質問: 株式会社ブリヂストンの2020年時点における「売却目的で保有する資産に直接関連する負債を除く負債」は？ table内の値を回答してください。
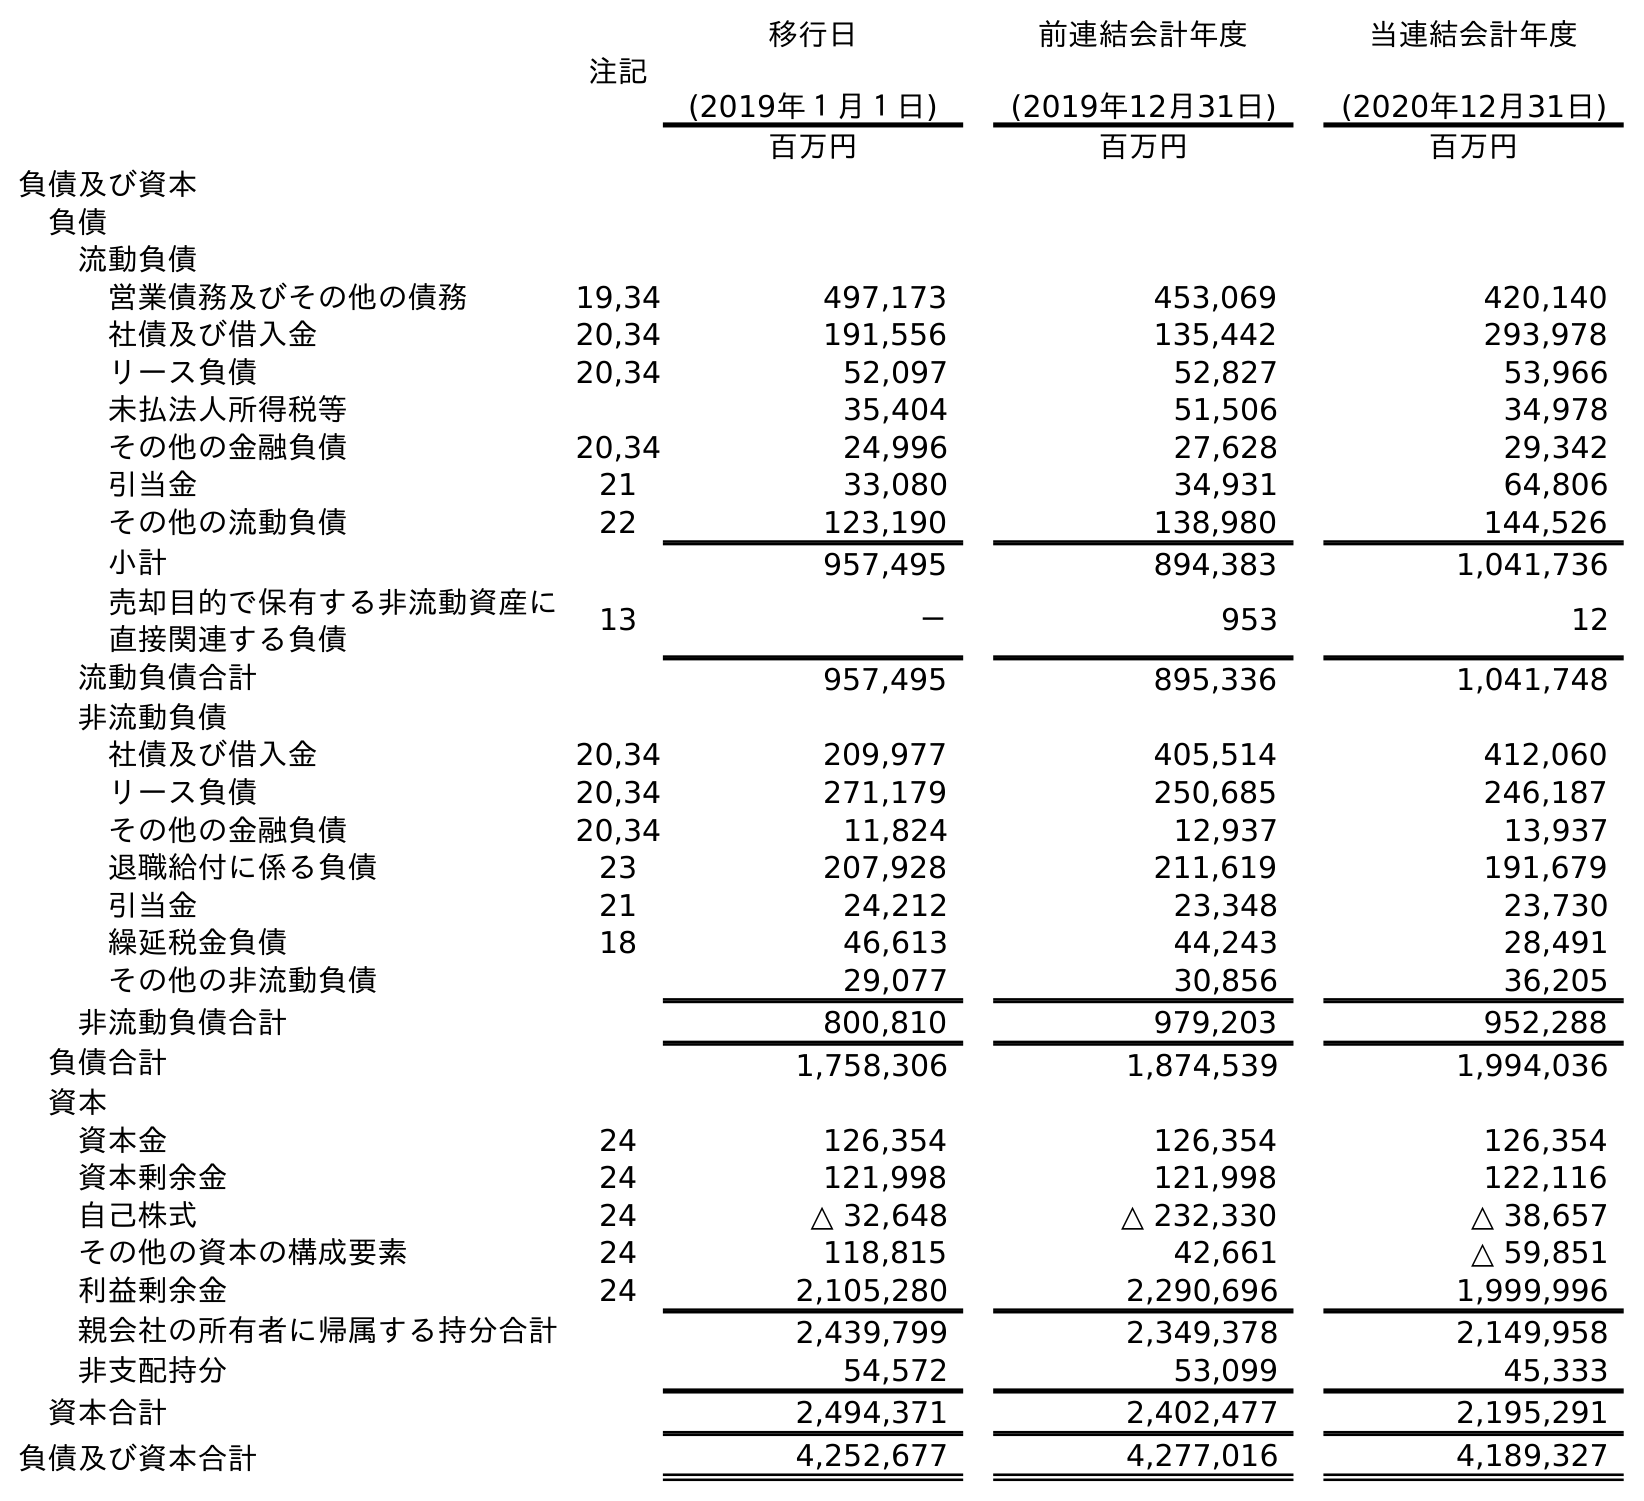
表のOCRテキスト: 注記 移行日 (2019年１月１日) 前連結会計年度 (2019年12月31日) 当連結会計年度 (2020年12月31日) 百万円 百万円 百万円 負債及び資本 負債 流動負債 営業債務及びその他の債務 19,34 497,173 453,069 420,140 社債及び借入金 20,34 191,556 135,442 293,978 リース負債 20,34 52,097 52,827 53,966 未払法人所得税等 35,404 51,506 34,978 その他の金融負債 20,34 24,996 27,628 29,342 引当金 21 33,080 34,931 64,806 その他の流動負債 22 123,190 138,980 144,526 小計 957,495 894,383 1,041,736 売却目的で保有する非流動資産に 直接関連する負債 13 － 953 12 流動負債合計 957,495 895,336 1,041,748 非流動負債 社債及び借入金 20,34 209,977 405,514 412,060 リース負債 20,34 271,179 250,685 246,187 その他の金融負債 20,34 11,824 12,937 13,937 退職給付に係る負債 23 207,928 211,619 191,679 引当金 21 24,212 23,348 23,730 繰延税金負債 18 46,613 44,243 28,491 その他の非流動負債 29,077 30,856 36,205 非流動負債合計 800,810 979,203 952,288 負債合計 1,758,306 1,874,539 1,994,036 資本 資本金 24 126,354 126,354 126,354 資本剰余金 24 121,998 121,998 122,116 自己株式 24 △ 32,648 △ 232,330 △ 38,657 その他の資本の構成要素 24 118,815 42,661 △ 59,851 利益剰余金 24 2,105,280 2,290,696 1,999,996 親会社の所有者に帰属する持分合計 2,439,799 2,349,378 2,149,958 非支配持分 54,572 53,099 45,333 資本合計 2,494,371 2,402,477 2,195,291 負債及び資本合計 4,252,677 4,277,016 4,189,327
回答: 1,041,736